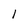
Character: 1